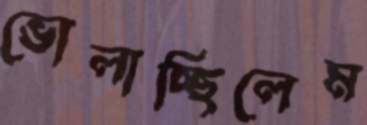
ভোলাচ্ছিলেম